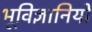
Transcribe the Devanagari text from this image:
भूविज्ञानियो